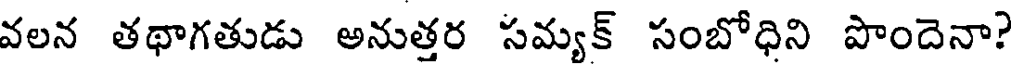
వలన తథాగతుడు అనుత్తర సమ్యక్ సంబోధిని పొందెనా?